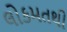
લોકમતથી